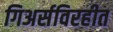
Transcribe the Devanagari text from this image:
गिअर्सविरहीत